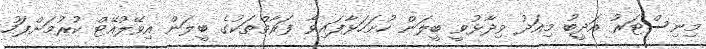
މިނިސްޓަރު އަދީބު މިއަދު ވިދާޅުވީ ބީލަން ހުށަހަޅާފައިވާ ފަރާތްތަކުގެ ބީލަން އިވޭލުއޭޓް ކުރުމަށްފަހު